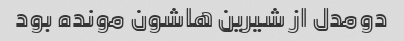
دو‌مدل از شیرین هاشون مونده بود